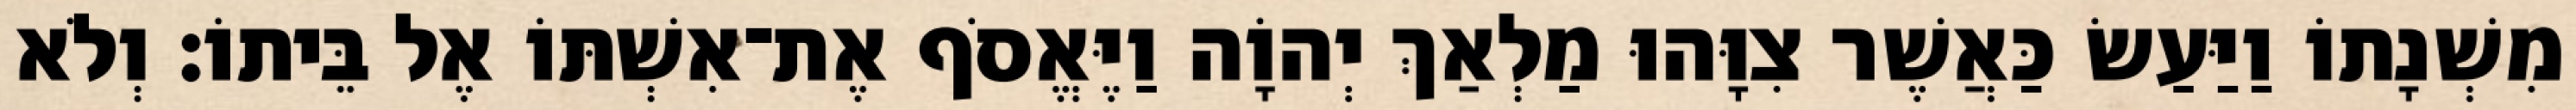
מִשְׁנָתוֹ וַיַּעַשׂ כַּאֲשֶׁר צִוָּהוּ מַלְאַךְ יְהוָֹה וַיֶּאֱסֹף אֶת־אִשְׁתּוֹ אֶל בֵּיתוֹ׃ וְלֹא